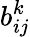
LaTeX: b_{ij}^{k}